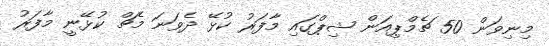
މިނިވަން 50 ޗެމްޕިއަން ޝިޕްގައި މާފަރު ކުޅޭ ދެވަނަ މެޗް ކުޅޭނީ މާފަރު